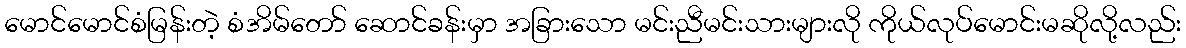
မောင်မောင်စံမြန်းတဲ့ စံအိမ်တော် ဆောင်ခန်းမှာ အခြားသော မင်းညီမင်းသားများလို ကိုယ်လုပ်မောင်းမဆိုလို့လည်း